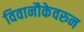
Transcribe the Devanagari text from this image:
विवानौकेवरुन